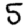
Digit: 5